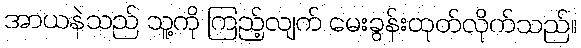
အာယနဲသည် သူ့ကို ကြည့်လျက် မေးခွန်းထုတ်လိုက်သည်။